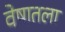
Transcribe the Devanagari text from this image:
वेषातला